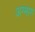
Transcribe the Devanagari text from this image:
अग्भाग